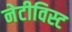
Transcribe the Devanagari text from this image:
नेटीविस्ट